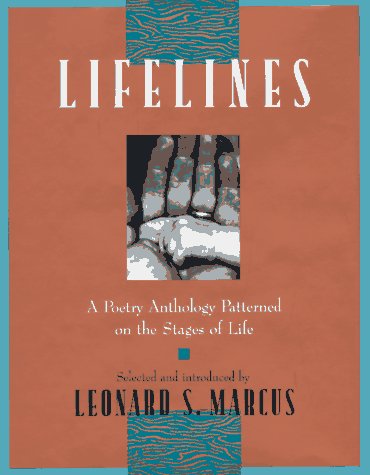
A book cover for Lifelines: A Poetry Anthology Patterned on the Stages of Life; Leonard M. Marcus; Teen & Young Adult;